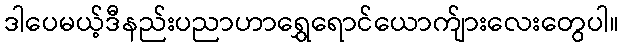
ဒါပေမယ့်ဒီနည်းပညာဟာရွှေရောင်ယောက်ျားလေးတွေပါ။